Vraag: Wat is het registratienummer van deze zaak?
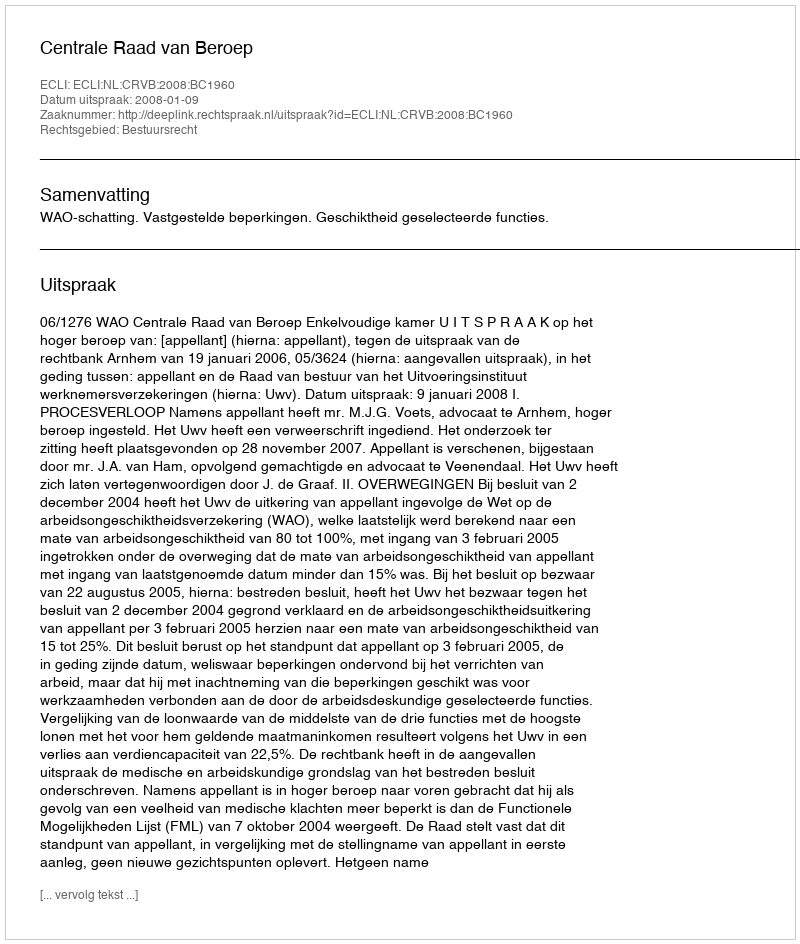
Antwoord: http://deeplink.rechtspraak.nl/uitspraak?id=ECLI:NL:CRVB:2008:BC1960